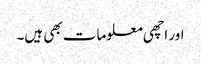
اور اچھی معلومات بھی ہیں۔